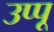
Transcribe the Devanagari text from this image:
उप्पू